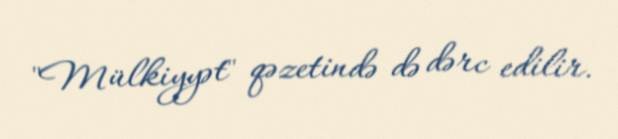
"Mülkiyyət" qəzetində də dərc edilir.